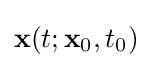
\mathbf {x} (t;\mathbf {x} _{0},t_{0})